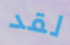
لقد